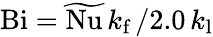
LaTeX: \textup{Bi}={\widetilde{\textup{Nu}}}\, k_{\textup{f}}\, /2.0\, k_{\textup{l}}